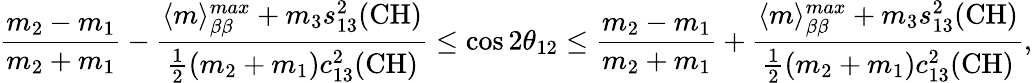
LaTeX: \frac{m_{2}-m_{1}}{m_{2}+m_{1}}-\frac{\langle m\rangle_{\beta\beta}^{max}+m_{3}s_{13}^{2}(\mathrm{CH})}{\frac{1}{2}(m_{2}+m_{1})c_{13}^{2}(\mathrm{CH})}\leq\cos{2\theta_{12}}\leq\frac{m_{2}-m_{1}}{m_{2}+m_{1}}+\frac{\langle m\rangle_{\beta\beta}^{max}+m_{3}s_{13}^{2}(\mathrm{CH})}{\frac{1}{2}(m_{2}+m_{1})c_{13}^{2}(\mathrm{CH})},